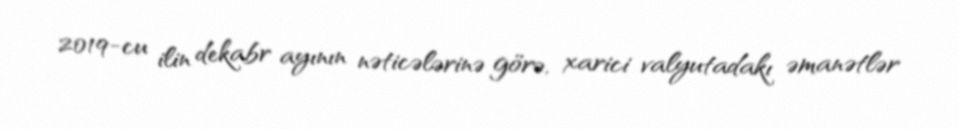
2019-cu ilin dekabr ayının nəticələrinə görə, xarici valyutadakı əmanətlər